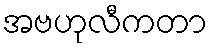
အဗဟုလီကတာ